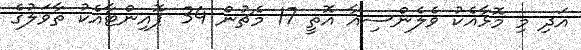
އަދި މި މޮޅާއެކު ވެލެންސިއާ އޮތީ 17 މެޗުން 34 ޕޮއިންޓާއެކު ތާވަލުގެ